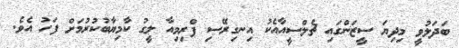
ބަދަލުވީ މިދިޔަ ސީޒަންގައި ޗެލްސީއާއެކު އިނގިރޭސި ޕްރިމިއާ ލީގު ކާމިޔާބުކުރުމަށް ފަހު އެވެ.